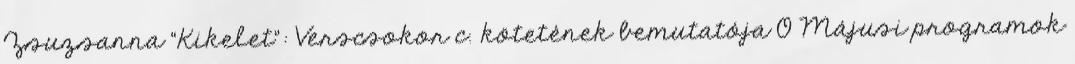
Zsuzsanna “Kikelet”: Verscsokor c. kötetének bemutatója 0 Májusi programok